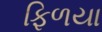
ફિળયા